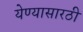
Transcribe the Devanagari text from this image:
येण्यासारठी